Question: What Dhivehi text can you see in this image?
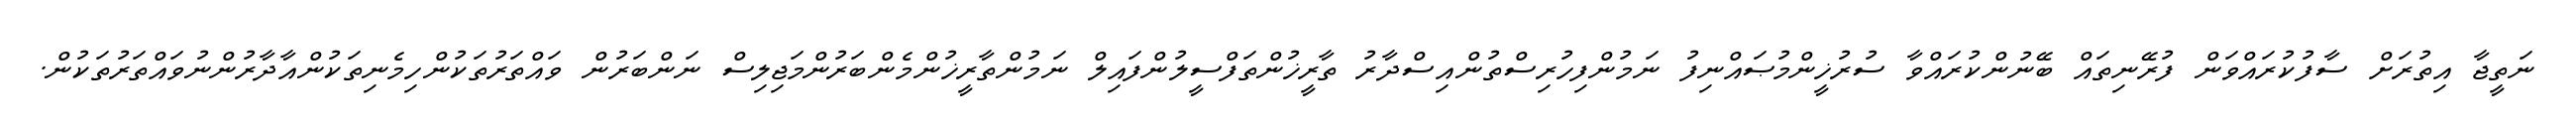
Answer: ނަތީޖާ އިތުރަށް ސާފުކުރައްވަން ފުރޭނިތައް ބޭނުންކުރައްވާ ސުރުޚީންމުޞައްނިފު ނަމުންފިހުރިސްތުންއިސްދާރު ތާރީޚުންތަފްސީލުންފައިލް ނަމުންތާރީޚުންމެންބަރުންމަޖިލިސް ނަންބަރުން ވައްތަރުތަކުންހިމެނިތަކުންއާދާރުންނުވައްތަރުތަކުން.